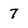
Character: 7